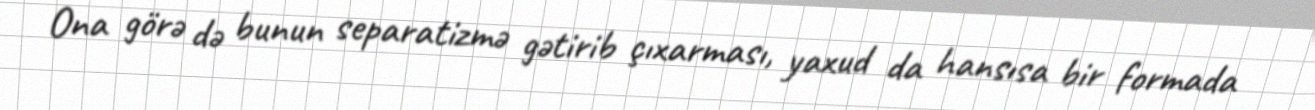
Ona görə də bunun separatizmə gətirib çıxarması, yaxud da hansısa bir formada